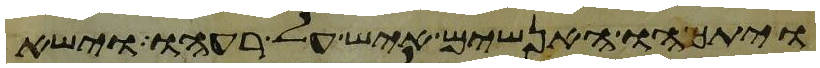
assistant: ויתמהו האנשים איש על רעהו וישא